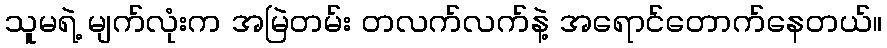
သူမရဲ့ မျက်လုံးက အမြဲတမ်း တလက်လက်နဲ့ အရောင်တောက်နေတယ်။